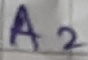
Text: A2